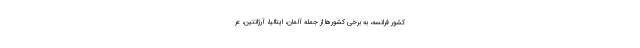
کشورِ فرانسه، به برخی کشورها از جمله آلمان، ایتالیا، آرژانتین، عر